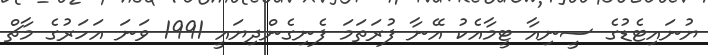
ޔުނައިޓެޑުގެ ސީނިއާ ޓީމާއެކު އޭނާ ފުރަތަމަ ފެނިގެންދިޔައީ 1991 ވަނަ އަހަރުގެ މާޗް